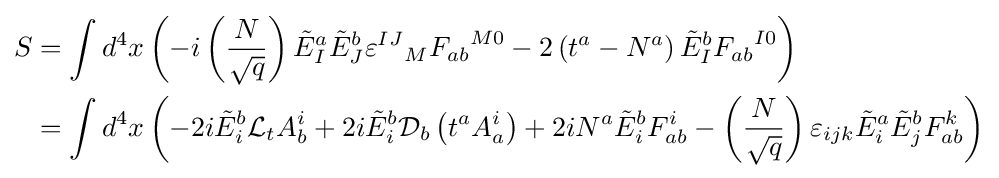
{\begin{aligned}S&=\int d^{4}x\left(-i\left({N \over {\sqrt {q}}}\right){\tilde {E}}_{I}^{a}{\tilde {E}}_{J}^{b}{\varepsilon ^{IJ}}_{M}{F_{ab}}^{M0}-2\left(t^{a}-N^{a}\right){\tilde {E}}_{I}^{b}{F_{ab}}^{I0}\right)\\&=\int d^{4}x\left(-2i{\tilde {E}}_{i}^{b}{\mathcal {L}}_{t}A_{b}^{i}+2i{\tilde {E}}_{i}^{b}{\mathcal {D}}_{b}\left(t^{a}A_{a}^{i}\right)+2iN^{a}{\tilde {E}}_{i}^{b}F_{ab}^{i}-\left({N \over {\sqrt {q}}}\right)\varepsilon _{ijk}{\tilde {E}}_{i}^{a}{\tilde {E}}_{j}^{b}F_{ab}^{k}\right)\end{aligned}}